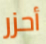
أحزر